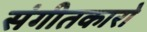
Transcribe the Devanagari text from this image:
संगीतकारो